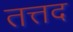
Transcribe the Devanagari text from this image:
तत्तद